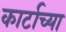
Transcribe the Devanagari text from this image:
कार्टाच्या